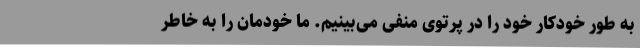
به طور خودکار خود را در پرتوی منفی می‌بینیم. ما خودمان را به خاطر